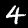
Digit: 4